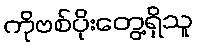
ကိုဗစ်ပိုးတွေ့ရှိသူ